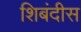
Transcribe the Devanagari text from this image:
शिबंदीस